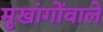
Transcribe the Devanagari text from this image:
मुखांगोंवाले